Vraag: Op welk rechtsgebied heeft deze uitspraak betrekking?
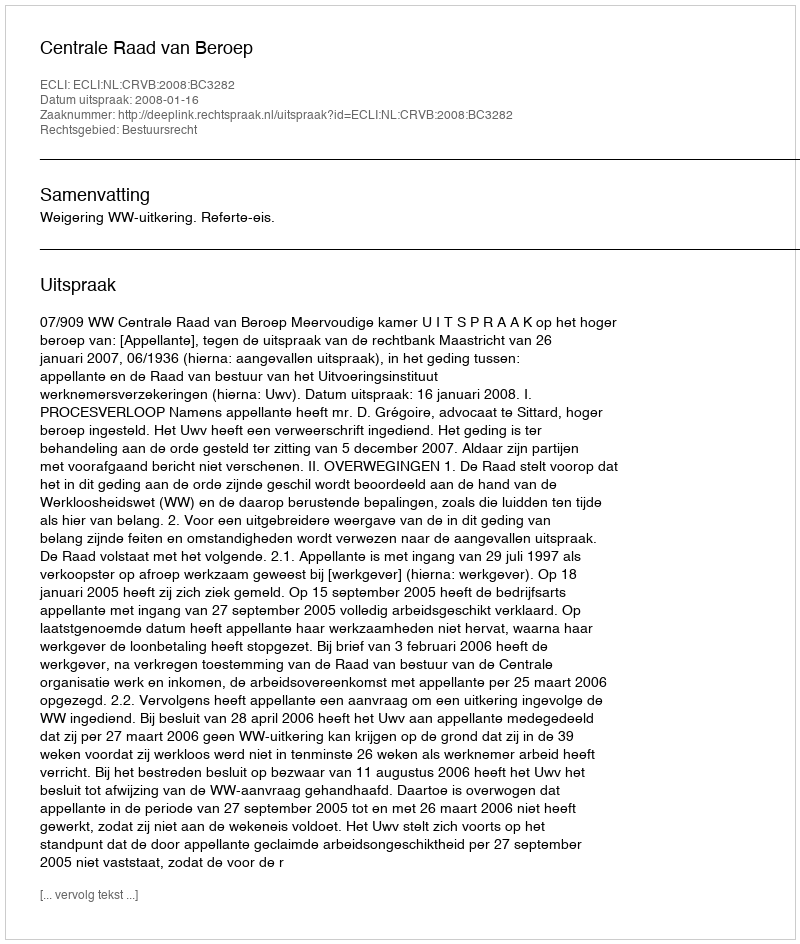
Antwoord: Bestuursrecht